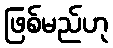
ဖြစ်မည်ဟု